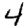
Digit: 4